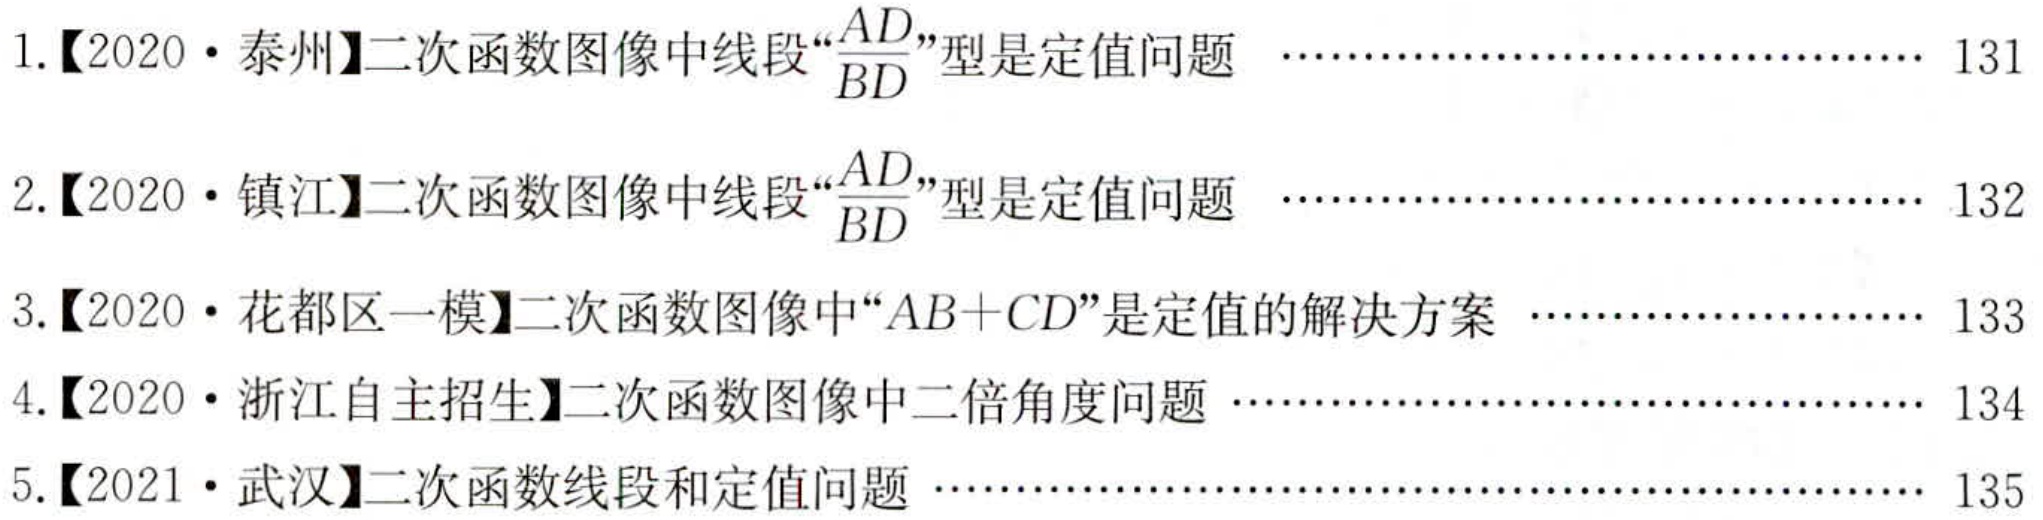
1.【2020·泰州】二次函数图像中线段“\(\frac{AD}{BD}\)”型是定值问题 …………………………… 131
2.【2020·镇江】二次函数图像中线段“\(\frac{AD}{BD}\)”型是定值问题 …………………………… 132
3.【2020·花都区一模】二次函数图像中“\(AB + CD\)”是定值的解决方案 …………………… 133
4.【2020·浙江自主招生】二次函数图像中二倍角度问题 ……………………………………… 134
5.【2021·武汉】二次函数线段和定值问题 ………………………………………………… 135